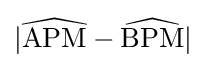
|{\widehat {\rm {APM}}}-{\widehat {\rm {BPM}}}|